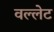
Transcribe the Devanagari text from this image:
वल्लेट